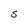
Character: S